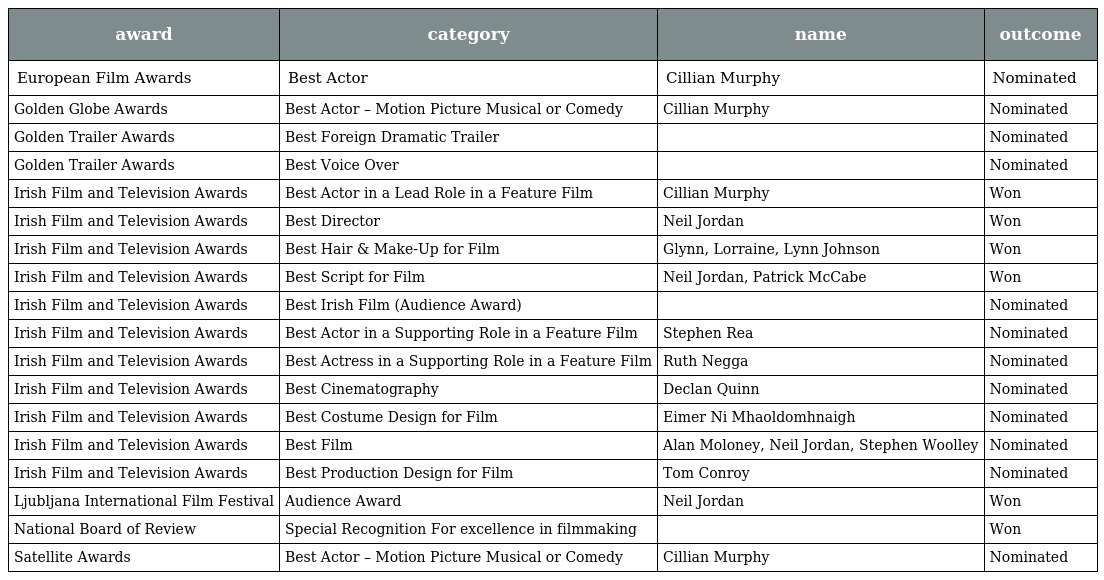
| award | category | name | outcome |
 | --- | --- | --- | --- |
 | European Film Awards | Best Actor | Cillian Murphy | Nominated |
 | Golden Globe Awards | Best Actor – Motion Picture Musical or Comedy | Cillian Murphy | Nominated |
 | Golden Trailer Awards | Best Foreign Dramatic Trailer |  | Nominated |
 | Golden Trailer Awards | Best Voice Over |  | Nominated |
 | Irish Film and Television Awards | Best Actor in a Lead Role in a Feature Film | Cillian Murphy | Won |
 | Irish Film and Television Awards | Best Director | Neil Jordan | Won |
 | Irish Film and Television Awards | Best Hair & Make-Up for Film | Glynn, Lorraine, Lynn Johnson | Won |
 | Irish Film and Television Awards | Best Script for Film | Neil Jordan, Patrick McCabe | Won |
 | Irish Film and Television Awards | Best Irish Film (Audience Award) |  | Nominated |
 | Irish Film and Television Awards | Best Actor in a Supporting Role in a Feature Film | Stephen Rea | Nominated |
 | Irish Film and Television Awards | Best Actress in a Supporting Role in a Feature Film | Ruth Negga | Nominated |
 | Irish Film and Television Awards | Best Cinematography | Declan Quinn | Nominated |
 | Irish Film and Television Awards | Best Costume Design for Film | Eimer Ni Mhaoldomhnaigh | Nominated |
 | Irish Film and Television Awards | Best Film | Alan Moloney, Neil Jordan, Stephen Woolley | Nominated |
 | Irish Film and Television Awards | Best Production Design for Film | Tom Conroy | Nominated |
 | Ljubljana International Film Festival | Audience Award | Neil Jordan | Won |
 | National Board of Review | Special Recognition For excellence in filmmaking |  | Won |
 | Satellite Awards | Best Actor – Motion Picture Musical or Comedy | Cillian Murphy | Nominated |